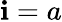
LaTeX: \mathbf{i}=a